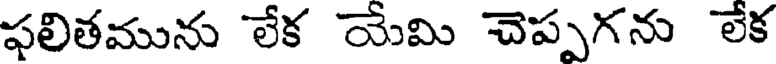
ఫలితమును లేక యేమి చెప్పగను లేక